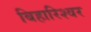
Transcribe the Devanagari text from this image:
बिहारिश्वर